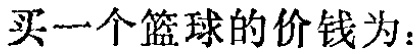
买一个篮球的价钱为：